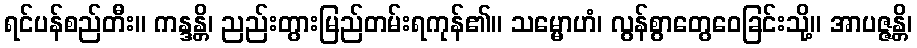
ရင်ပန်စည်တီး။ ကန္ဒန္တိ၊ ညည်းတွားမြည်တမ်းရကုန်၏။ သမ္မောဟံ၊ လွန်စွာတွေဝေခြင်းသို့။ အာပဇ္ဇန္တိ၊